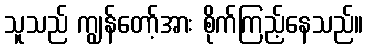
သူသည် ကျွန်တော့်အား စိုက်ကြည့်နေသည်။